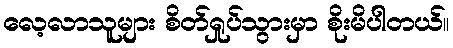
လေ့လာသူများ စိတ်ရှုပ်သွားမှာ စိုးမိပါတယ်။